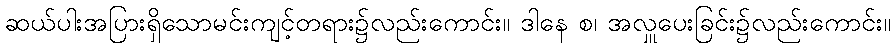
ဆယ်ပါးအပြားရှိသောမင်းကျင့်တရား၌လည်းကောင်း။ ဒါနေ စ၊ အလှူပေးခြင်း၌လည်းကောင်း။